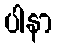
ပါနာ